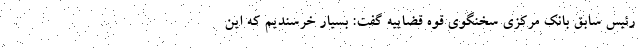
رئیس سابق بانک مرکزی سخنگوی قوه قضاییه گفت: بسیار خرسندیم که این